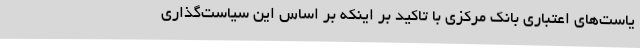
یاست‌های اعتباری بانک مرکزی با تاکید بر اینکه بر اساس این سیاست‌گذاری